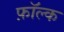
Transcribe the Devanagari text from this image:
फ़ॉल्क